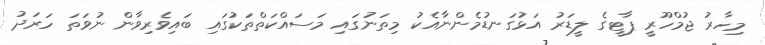
މިހާރު ޖުމްހޫރީ ޕާޓީގެ ލީޑަރު އަޅުގަނޑުމެންނާއެކު މިތަނުގައި މަސައްކަތްތަކުގައި ބައިވެރިވާން ނުވަތަ ހަރަދު